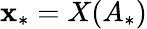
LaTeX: \mathbf{x}_{*}=X(A_{*})